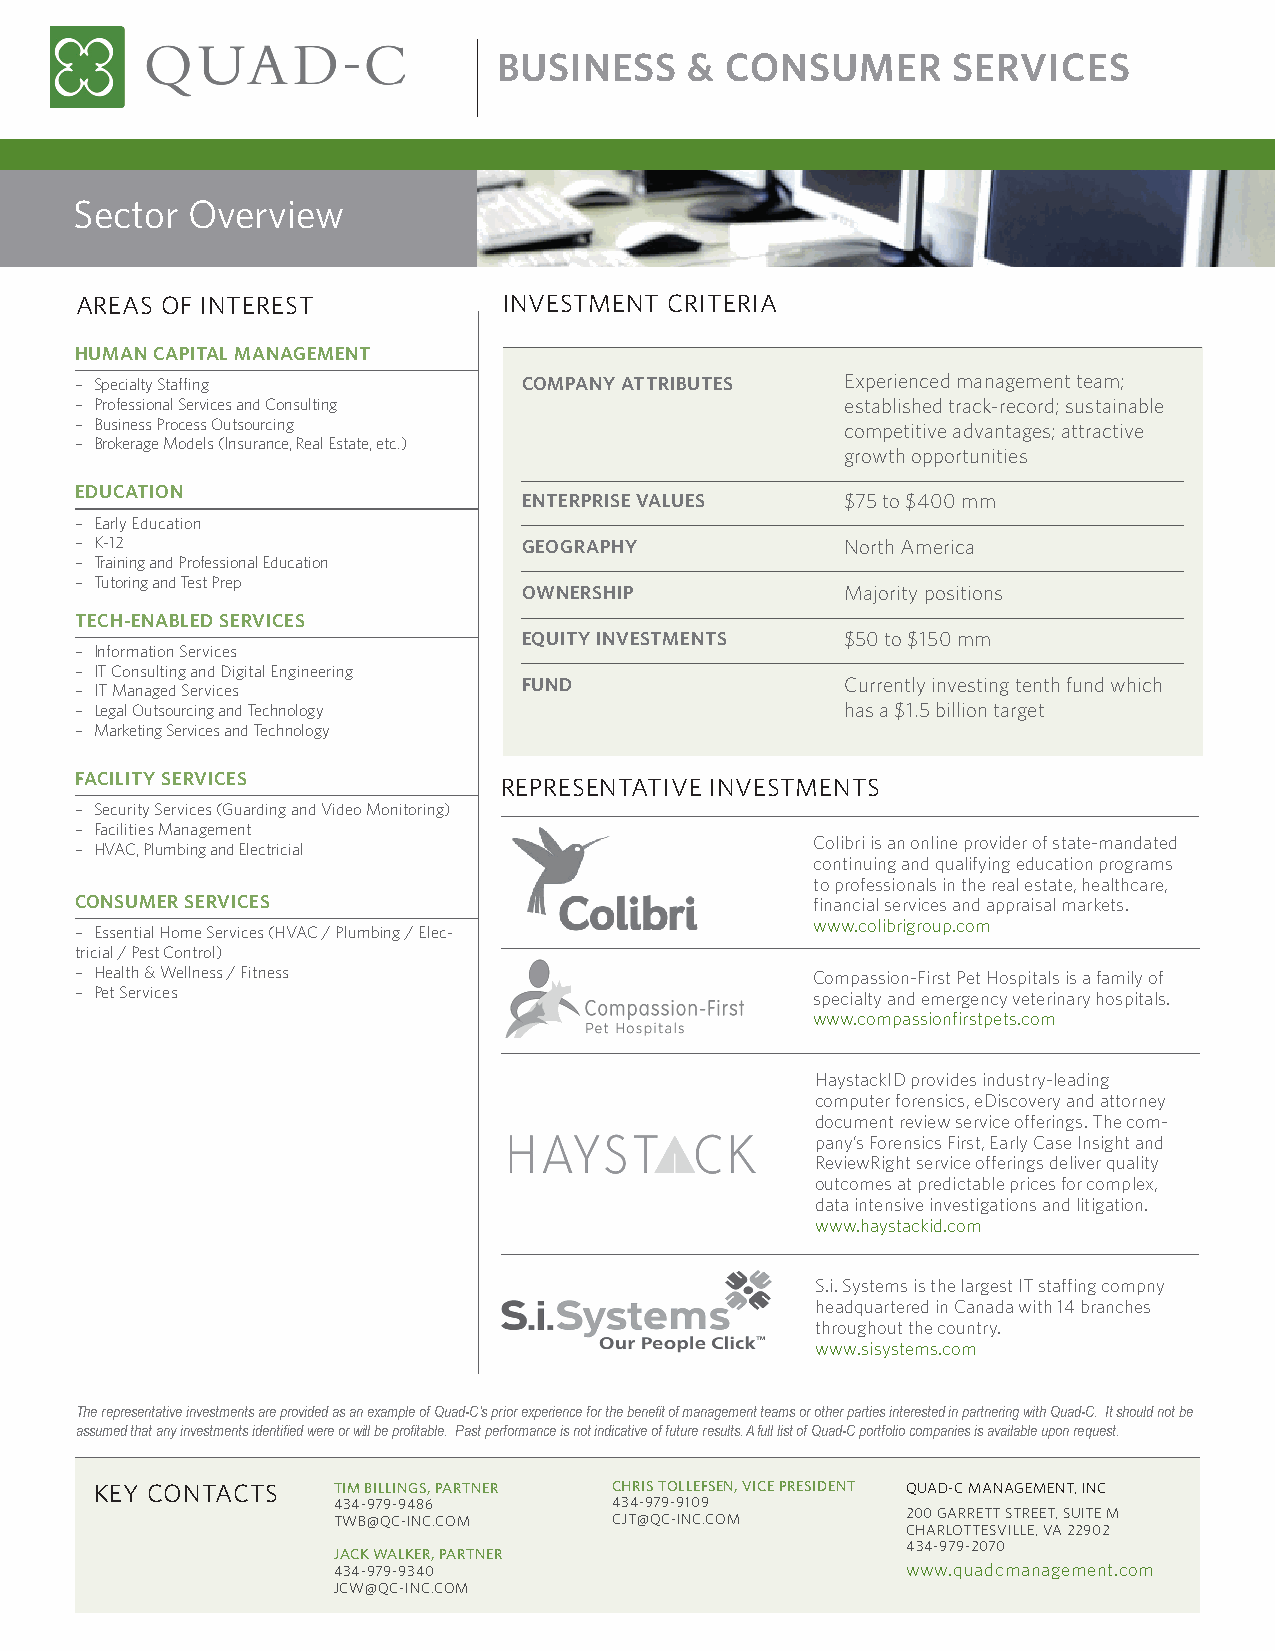
BUSINESS     & CONSUMER       SERVICES
 Sector Overview
 AREAS OF INTEREST           INVESTMENT CRITERIA
 HUMAN CAPITAL MANAGEMENT
 — Specialty Staffing          COMPANY ATTRIBUTES   Experienced management team;
 — Professional Services and Consulting             established track-record; sustainable
 — Business Process Outsourcing                     competitive advantages; attractive
 — Brokerage Models (Insurance, Real Estate, etc.)
 growth opportunities
 EDUCATION
 ENTERPRISE VALUES    $75 to $400 mm
 — Early Education
 — K-12                        GEOGRAPHY            North America
 — Training and Professional Education
 — Tutoring and Test Prep
 OWNERSHIP            Majority positions
 TECH-ENABLED SERVICES
 EQUITY INVESTMENTS   $50 to $150 mm
 — Information Services
 — IT Consulting and Digital Engineering
 FUND                 Currently investing tenth fund which
 — IT Managed Services
 — Legal Outsourcing and Technology                 has a $1.5 billion target
 — Marketing Services and Technology
 FACILITY SERVICES           REPRESENTATIVE INVESTMENTS
 — Security Services (Guarding and Video Monitoring)
 — Facilities Management
 Colibri is an online provider of state-mandated
 — HVAC, Plumbing and Electricial
 continuing and qualifying education programs
 to professionals in the real estate, healthcare,
 CONSUMER SERVICES                                financial services and appraisal markets.
 www.colibrigroup.com
 — Essential Home Services (HVAC / Plumbing / Elec-
 tricial / Pest Control)
 — Health & Wellness / Fitness                    Compassion-First Pet Hospitals is a family of
 — Pet Services                                   specialty and emergency veterinary hospitals.
 www.compassionfirstpets.com
 HaystackID provides industry-leading
 computer forensics, eDiscovery and attorney
 document review service offerings. The com-
 pany’s Forensics First, Early Case Insight and
 ReviewRight service offerings deliver quality
 outcomes at predictable prices for complex,
 data intensive investigations and litigation.
 www.haystackid.com
 S.i. Systems is the largest IT staffing compny
 headquartered in Canada with 14 branches
 throughout the country.
 www.sisystems.com
 The representative investments are provided as an example of Quad-C’s prior experience for the benefit of management teams or other parties interested in partnering with Quad-C. It should not be
 assumed that any investments identified were or will be profitable. Past performance is not indicative of future results. A full list of Quad-C portfolio companies is available upon request.
 KEY CONTACTS    TIM BILLINGS, PARTNER CHRIS TOLLEFSEN, VICE PRESIDENT QUAD-C MANAGEMENT, INC
 434-979-9486       434-979-9109
 TWB@QC-INC.COM     CJT@QC-INC.COM     200 GARRETT STREET, SUITE M
 CHARLOTTESVILLE, VA 22902
 434-979-2070
 JACK WALKER, PARTNER
 434-979-9340                          www.quadcmanagement.com
 JCW@QC-INC.COM